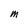
Character: M